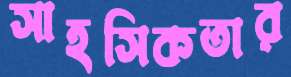
সাহসিকতার